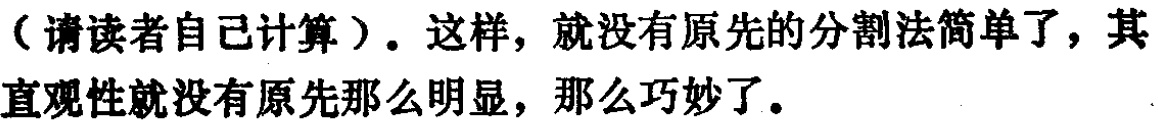
（请读者自己计算）。这样，就没有原先的分割法简单了，其直观性就没有原先那么明显，那么巧妙了。